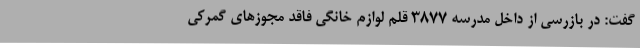
گفت: در بازرسی از داخل مدرسه 3877 قلم لوازم خانگی فاقد مجوزهای گمرکی